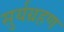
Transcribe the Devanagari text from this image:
सुर्यग्रहण